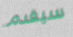
سيقدم